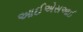
આઈએસઆઈ